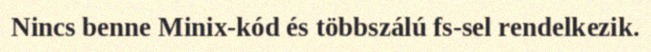
Nincs benne Minix-kód és többszálú fs-sel rendelkezik.